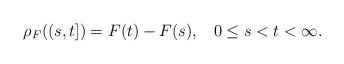
LaTeX: \begin{align*} \rho_F((s, t]) = F(t)-F(s),\;\;\; 0\leq s<t<\infty.\end{align*}